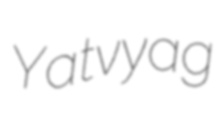
Yatvyag